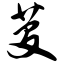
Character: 芟